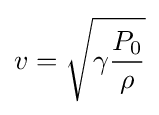
v={\sqrt {\gamma {\frac {P_{0}}{\rho }}}}